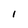
Character: 1